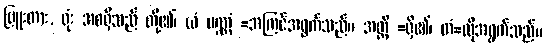
ဗြူးတား, ရုံး အစရှိသည် တို့၏၊ ယံ ပဏ္ဏံ =အကြင်အရွက်သည်။ အတ္ထိ =ရှိ၏၊ တံ=ထိုအရွက်သည်။